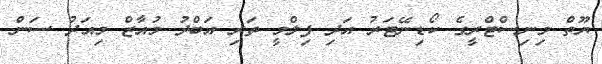
ޔޫތް މިނިސްޓްރީގެ ކޯޑިނޭޓަރު އަދި ފިލްމީ ތަރި އަބްދު މުއާޒް މިއަދު ސަން